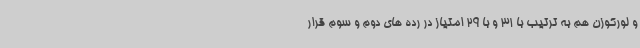
و لورکوزن هم به ترتیب با 31 و با 29 امتیاز در رده های دوم و سوم قرار